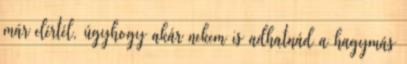
már elértél, úgyhogy akár nekem is adhatnád a hagymás